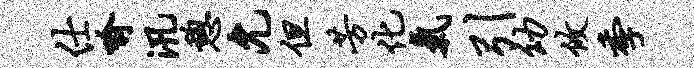
仕喻汛憩允但芳化气引幼攸季